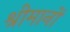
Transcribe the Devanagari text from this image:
श्रीमानों